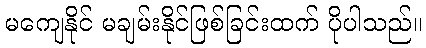
မကျေနိုင် မချမ်းနိုင်ဖြစ်ခြင်းထက် ပိုပါသည်။